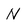
Character: N